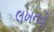
લખનવી